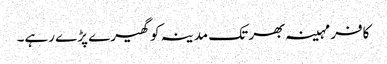
کافر مہینہ بھر تک مدینہ کو گھیرے پڑے رہے۔